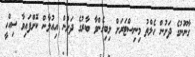
ގާނޫނުގެ ދަށުން ހެލްތު މިނިސްޓަރަށް ލިބިގެންވާ ބާރުގެ ދަށުން އިއުލާން ކޮށްފައިވާ ސިއްހީ